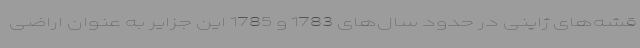
قشه‌های ژاپنی در حدود سال‌های 1783 و 1785 این جزایر به عنوان اراضی